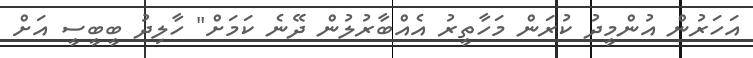
އަހަރުން އުންމީދު ކުރަން މަހާތީރު އެއްބާރުލުން ދޭނެ ކަމަށް" ހާލިދު ބީބީސީ އަށް